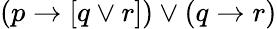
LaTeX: (p\to[q\lor r])\lor(q\to r)